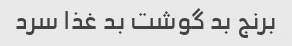
برنج بد گوشت بد غذا سرد